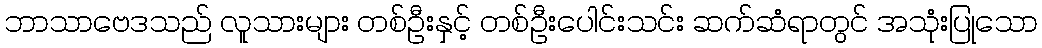
ဘာသာဗေဒသည် လူသားများ တစ်ဦးနှင့် တစ်ဦးပေါင်းသင်း ဆက်ဆံရာတွင် အသုံးပြုသော